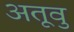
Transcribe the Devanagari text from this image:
अतूवु